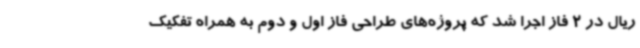
ریال در 2 فاز اجرا شد که پروژه‌های طراحی فاز اول و دوم به همراه تفکیک